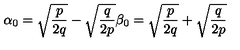
\alpha _ { 0 } = \sqrt { { \frac { p } { 2 q } } } - \sqrt { { \frac { q } { 2 p } } } \beta _ { 0 } = \sqrt { { \frac { p } { 2 q } } } + \sqrt { { \frac { q } { 2 p } } }